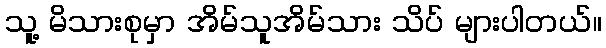
သူ့ မိသားစုမှာ အိမ်သူအိမ်သား သိပ် များပါတယ်။